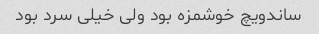
ساندویچ خوشمزه بود ولی خیلی سرد بود